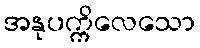
အနုပက္ကိလေသော